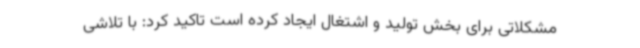
مشکلاتی برای بخش تولید و اشتغال ایجاد کرده است تاکید کرد: با تلاشی